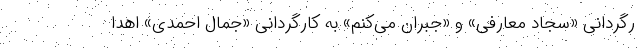
رگردانی «سجاد معارفی» و «جبران می‌کنم» به کارگردانی «جمال احمدی» اهدا